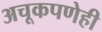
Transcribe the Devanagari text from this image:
अचूकपणेही